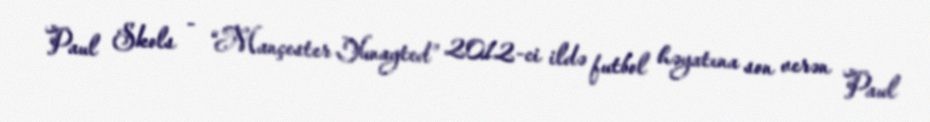
Paul Skols - “Mançester Yunayted” 2012-ci ildə futbol həyatına son verən Paul